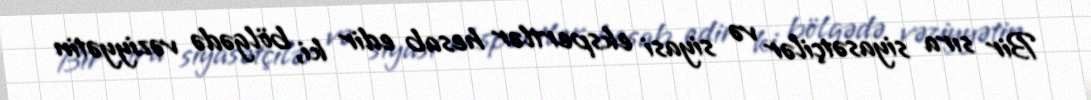
Bir sıra siyasətçilər və siyasi ekspertlər hesab edir ki, bölgədə vəziyyətin